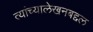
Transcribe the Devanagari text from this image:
त्यांच्यालेखनबद्दल